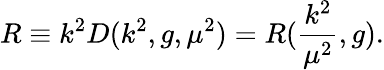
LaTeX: R\equiv k^{2}D(k^{2},g,{\mu}^{2})=R(\frac{k^{2}}{{\mu}^{2}},g).